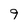
Character: 9